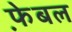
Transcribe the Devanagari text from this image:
फे़बल